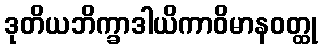
ဒုတိယဘိက္ခာဒါယိကာဝိမာနဝတ္ထု